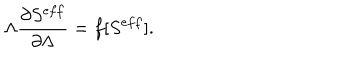
\Lambda \frac { \partial S ^ { e f f } } { \partial \Lambda } = f [ S ^ { e f f } ] .